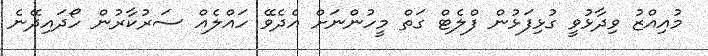
މުއިއްޒު ވިދާޅުވީ ގުޅިފަޅުން ފްލެޓް ގަތް މީހުންނަށް އެދެވޭ ހައްލެއް ސަރުކާރުން ހޯދައިދޭނެ